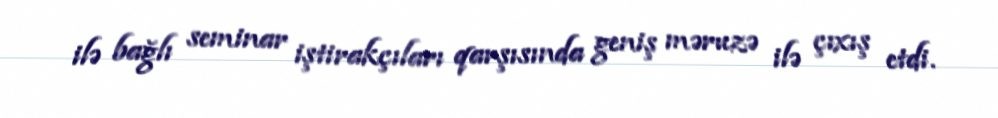
ilə bağlı seminar iştirakçıları qarşısında geniş məruzə ilə çıxış etdi.